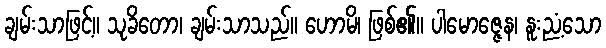
ချမ်းသာဖြင့်။ သုခိတော၊ ချမ်းသာသည်။ ဟောမိ၊ ဖြစ်၏။ ပါမောဇ္ဇေန၊ နူးညံ့သော